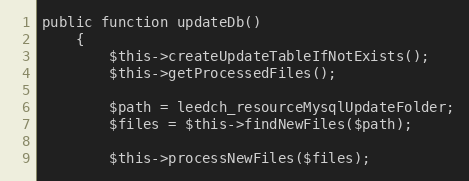
Language: PHP
public function updateDb()
    {
        $this->createUpdateTableIfNotExists();
        $this->getProcessedFiles();

        $path = leedch_resourceMysqlUpdateFolder;
        $files = $this->findNewFiles($path);

        $this->processNewFiles($files);